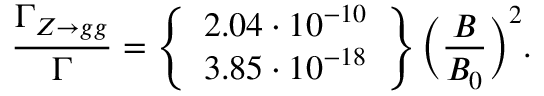
\frac { \Gamma _ { Z \rightarrow g g } } { \Gamma } = \left\{ \begin{array} { c } { { 2 . 0 4 \cdot 1 0 ^ { - 1 0 } } } \\ { { 3 . 8 5 \cdot 1 0 ^ { - 1 8 } } } \end{array} \right\} \biggl ( \frac { B } { B _ { 0 } } \biggr ) ^ { 2 } .